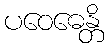
ပဝေဓေန္တိ